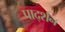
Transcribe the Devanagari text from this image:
पार्द्शन